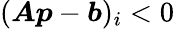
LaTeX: ({\boldsymbol{A}}{\boldsymbol{p}}-{\boldsymbol{b}})_{i}<0